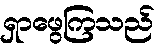
ရှာဖွေကြသည်